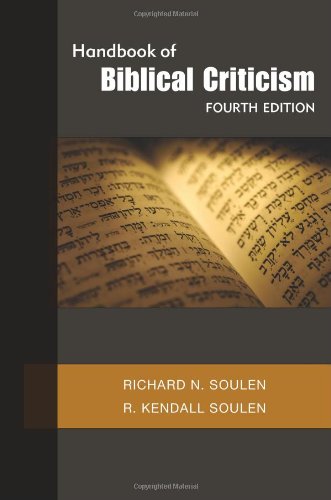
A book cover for Handbook of Biblical Criticism, Fourth Edition; Richard N. Soulen; Christian Books & Bibles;